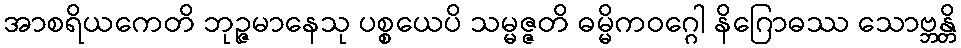
အာစရိယကေတိ ဘုဉ္ဇမာနေသု ပစ္စယေပိ သမ္မဇ္ဇတိ ဓမ္မိကဝဂ္ဂေါ နိဂြောဓဿ သောဗ္ဘန္တိ